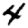
Digit: 4